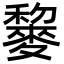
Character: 䴻